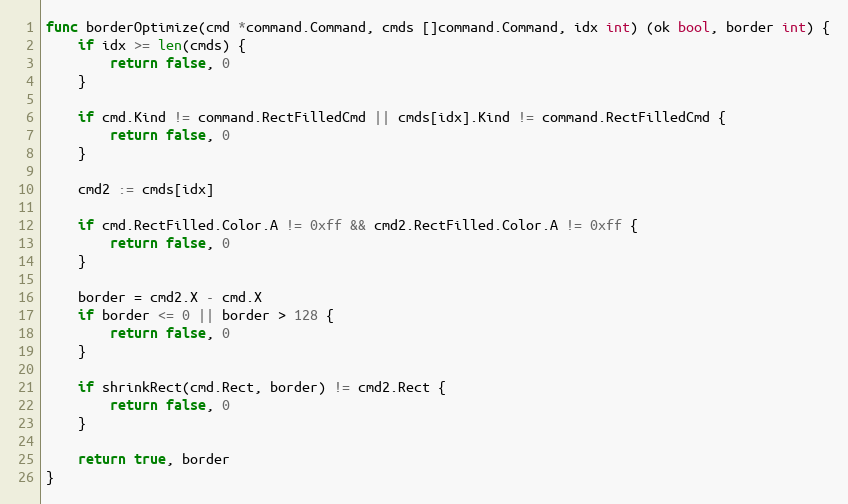
Language: Go
func borderOptimize(cmd *command.Command, cmds []command.Command, idx int) (ok bool, border int) {
	if idx >= len(cmds) {
		return false, 0
	}

	if cmd.Kind != command.RectFilledCmd || cmds[idx].Kind != command.RectFilledCmd {
		return false, 0
	}

	cmd2 := cmds[idx]

	if cmd.RectFilled.Color.A != 0xff && cmd2.RectFilled.Color.A != 0xff {
		return false, 0
	}

	border = cmd2.X - cmd.X
	if border <= 0 || border > 128 {
		return false, 0
	}

	if shrinkRect(cmd.Rect, border) != cmd2.Rect {
		return false, 0
	}

	return true, border
}